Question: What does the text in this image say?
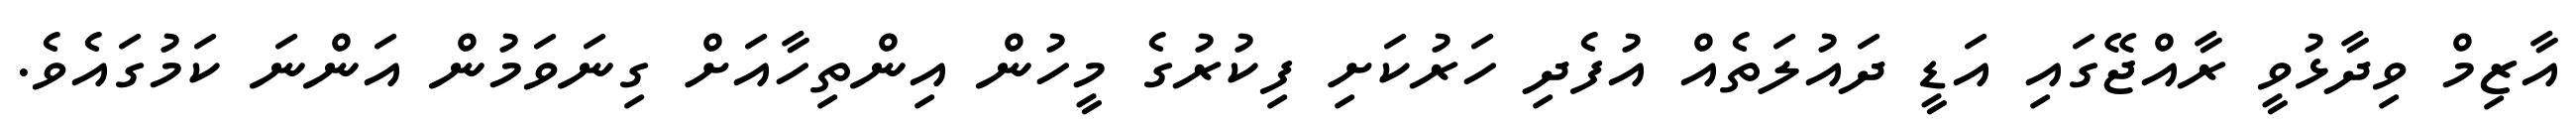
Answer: އާޒިމް ވިދާޅުވީ ރާއްޖޭގައި އަޑީ ދައުލަތެއް އުފެދި ހަރުކަށި ފިކުރުގެ މީހުން އިންތިހާއަށް ގިނަވަމުން އަންނަ ކަމުގައެވެ.